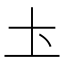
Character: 圡